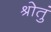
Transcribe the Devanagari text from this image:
श्रोतुं